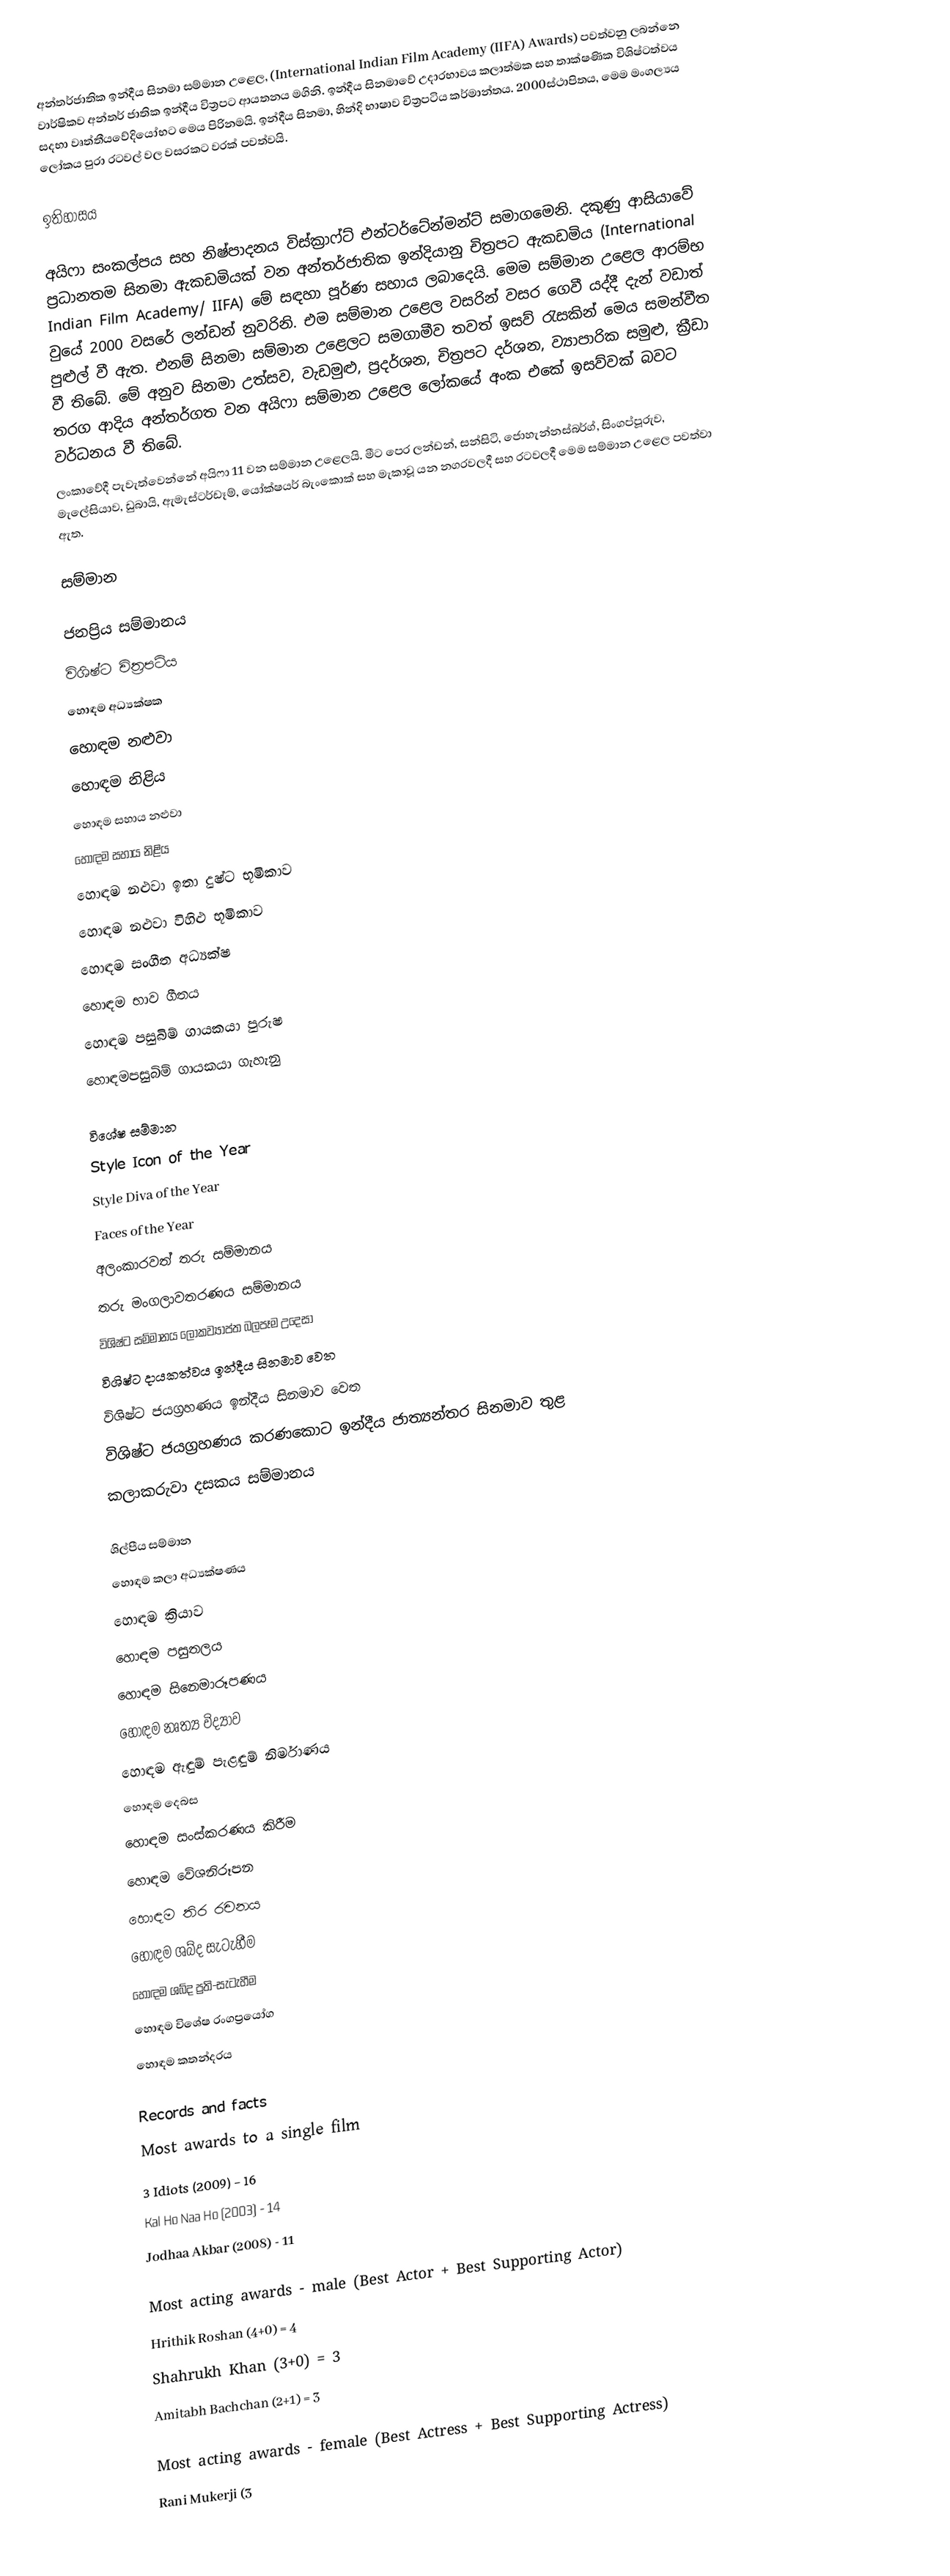
අන්තර්ජාතික ඉන්දීය සිනමා සම්මාන උළෙල, (International Indian Film Academy (IIFA) Awards) පවත්වනු ලබන්නෙ වාර්ෂිකව අන්තර් ජාතික ඉන්දීය විත්‍රපට ආයතනය මගිනි. ඉන්දීය සිනමාවේ උදාරභාවය කලාත්මක සහ තාක්ෂණික විශිෂ්ටත්වය සදභා වෘත්තීයවේදියෝභට මෙය පිරිනමයි.  ඉන්දීය සිනමා,  හින්දි භාෂාව චිත්‍රපටිය කර්මාන්තය. 2000ස්ථාපිතය, මෙම මංගල්‍යය ලෝකය පුරා රටවල් වල වසරකට වරක් පවත්වයි.

ඉතිහාසය

අයිෆා සංකල්පය සහ නිෂ්පාදනය විස්‌ක්‍රාෆ්ට්‌ එන්ටර්ටේන්මන්ට්‌ සමාගමෙනි. දකුණු ආසියාවේ ප්‍රධානතම සිනමා ඇකඩමියක්‌ වන අන්තර්ජාතික ඉන්දියානු චිත්‍රපට ඇකඩමිය (International Indian Film Academy/ IIFA) මේ සඳහා පූර්ණ සහාය ලබාදෙයි. මෙම සම්මාන උළෙල ආරම්භ වුයේ 2000 වසරේ ලන්ඩන් නුවරිනි. එම සම්මාන උළෙල වසරින් වසර ගෙවී යද්දී දැන් වඩාත් පුළුල් වී ඇත. එනම් සිනමා සම්මාන උළෙලට සමගාමීව තවත් ඉසව් රැසකින් මෙය සමන්වීත වී තිබේ. මේ අනුව සිනමා උත්සව, වැඩමුළු, ප්‍රදර්ශන, චිත්‍රපට දර්ශන, ව්‍යාපාරික සමුළු, ක්‍රීඩා තරග ආදිය අන්තර්ගත වන අයිෆා සම්මාන උළෙල ලෝකයේ අංක එකේ ඉසව්වක්‌ බවට වර්ධනය වී තිබේ.
ලංකාවේදී පැවැත්වෙන්නේ අයිෆා 11 වන සම්මාන උළෙලයි. මීට පෙර ලන්ඩන්, සන්සිටි, ජොහැන්නස්‌බර්ග්, සිංගප්පූරුව, මැලේසියාව, ඩුබායි, ඇමැස්‌ටර්ඩෑම්, යෝක්‌ෂයර් බැංකොක්‌ සහ මැකාවූ යන නගරවලදී සහ රටවලදී මෙම සම්මාන උළෙල පවත්වා ඇත.

සම්මාන

ජනප්‍රිය සම්මානය
 විශිෂ්ට චිත්‍රපටිය
 හොඳම අධ්‍යක්ෂක
 හොඳම නළුවා
 හොඳම නිළිය
 හොඳම  සහාය  නළුවා
 හොඳම  සහාය නිළිය
 හොඳම නළුවා ඉතා දුෂ්ට භූමිකාව
 හොඳම නළුවා විහිළු භූමිකාව
 හොඳම සංගීත අධ්‍යක්ෂ
 හොඳම භාව ගීතය
 හොඳම පසුබිම් ගායකයා පුරුෂ
 හොඳමපසුබිම් ගායකයා ගැහැනු

විශේෂ සම්මාන
 Style Icon of the Year
 Style Diva of the Year
 Faces of the Year
 අලංකාරවත් තරු සම්මානය
 තරු මංගලාවතරණය සම්මානය
 විශිෂ්ට සම්මානය  ලෝකව්‍යාප්ත බලපෑම උදෙසා
විශිෂ්ට දායකත්වය ඉන්දීය සිනමාව  වෙත
විශිෂ්ට ජයග්‍රහණය  ඉන්දීය සිනමාව  වෙත
විශිෂ්ට ජයග්‍රහණය කරණකොට ඉන්දීය ජාත්‍යන්තර සිනමාව  තුළ
කලාකරුවා  දසකය සම්මානය

ශිල්පීය සම්මාන
 හොඳම කලා අධ්‍යක්ෂණය
 හොඳම ක්‍රියාව
 හොඳම පසුතලය
 හොඳම සිනෙමාරූපණය
 හොඳම නෘත්‍ය විද්‍යාව
 හොඳම ඇඳුම් පැළඳුම් නිර්මාණය
 හොඳම දෙබස
 හොඳම සංස්කරණය කිරීම
 හොඳම වේශනිරූපන
 හොඳම තිර රචනය
 හොඳම ශබ්ද සැටැහීම
 හොඳම ශබ්ද ප්‍රති-සැටැහීම
 හොඳම විශේෂ රංගප්‍රයෝග
 හොඳම කතන්දරය

Records and facts
Most awards to a single film
3 Idiots (2009) - 16
Kal Ho Naa Ho (2003) - 14
Jodhaa Akbar (2008) - 11

Most acting awards - male (Best Actor + Best Supporting Actor)
Hrithik Roshan (4+0) = 4
Shahrukh Khan (3+0) = 3
Amitabh Bachchan (2+1) = 3

Most acting awards - female (Best Actress + Best Supporting Actress)
Rani Mukerji (3